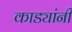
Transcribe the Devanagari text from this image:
काड्यांनी